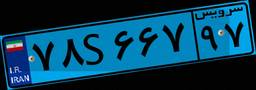
۷۸S۶۶۷۹۷